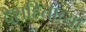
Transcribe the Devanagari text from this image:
देशहिताच्या